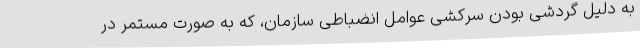
به دلیل گردشی بودن سرکشی عوامل انضباطی سازمان، که به صورت مستمر در